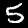
Digit: 5